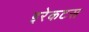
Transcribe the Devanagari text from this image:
इरेकटस